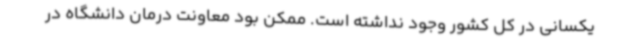
یکسانی در کل کشور وجود نداشته است. ممکن بود معاونت درمان دانشگاه در